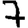
Digit: 7